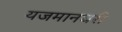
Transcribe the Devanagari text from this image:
यजमानघरी